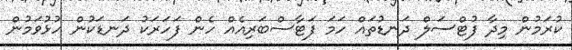
ކުރަމުން މިދާ ފުޓްސަލް ދަނޑުތައް ހަމަ ފަޓާސްބަރިއެއް ހެން ފަހަރަކު ދަނޑަކުން ހުޅުވަމުން